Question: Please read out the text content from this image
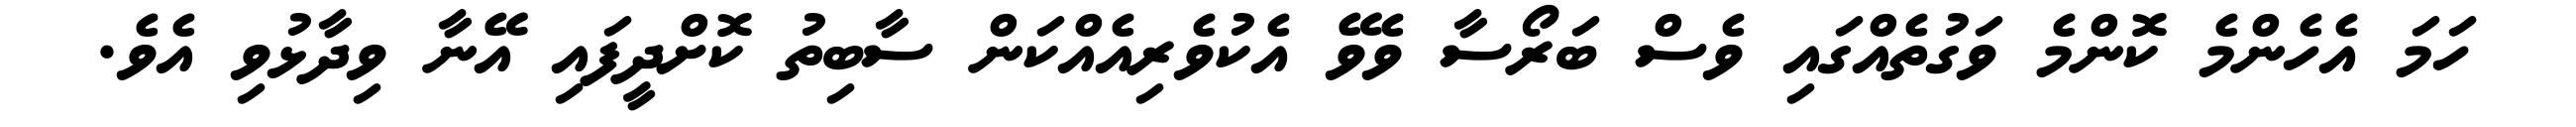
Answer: ހަމަ އެހެންމެ ކޮންމެ ވަގުތެއްގައި ވެސް ބަރޯސާ ވެވޭ އެކުވެރިއެއްކަން ސާބިތު ކޮށްދީފައި އޭނާ ވިދާޅުވި އެވެ.